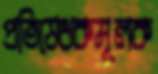
প্রতিষেধকমূলক